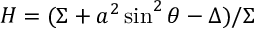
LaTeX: H = ( \Sigma + a ^ { 2 } \sin ^ { 2 } \theta - \Delta ) / \Sigma